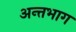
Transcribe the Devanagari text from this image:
अन्तभाग